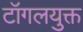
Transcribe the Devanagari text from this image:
टॉगलयुक्त